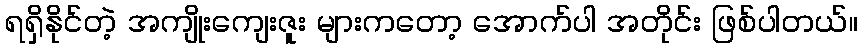
ရရှိနိုင်တဲ့ အကျိုးကျေးဇူး များကတော့ အောက်ပါ အတိုင်း ဖြစ်ပါတယ်။